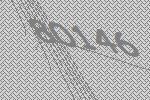
80146